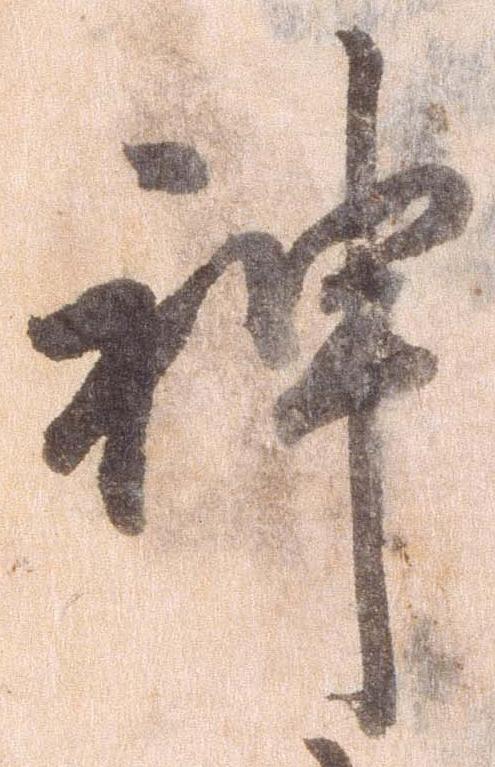
神